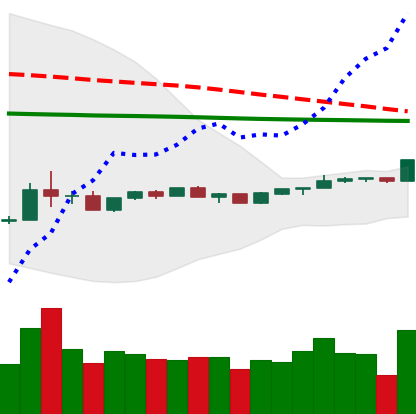
Ticker: ADA-USD
Chart end date: 2020-04-06
Forward return: -6.351%
Label: down_5_7